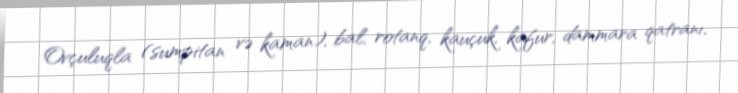
Ovçuluqla (sumpitan və kaman), bal, rotanq, kauçuk, kafur, dammara qatranı,